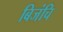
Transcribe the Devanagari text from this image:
बिजंचि